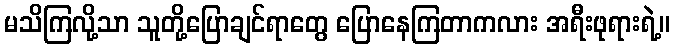
မသိကြလို့သာ သူတို့ပြောချင်ရာတွေ ပြောနေကြတာကလား အရီးဖုရားရဲ့။